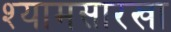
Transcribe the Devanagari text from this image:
श्यामसारखा